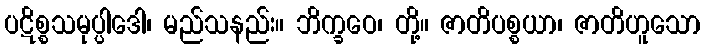
ပဋိစ္စသမုပ္ပါဒေါ၊ မည်သနည်း။ ဘိက္ခဝေ၊ တို့။ ဇာတိပစ္စယာ၊ ဇာတိဟူသော